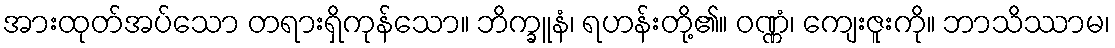
အားထုတ်အပ်သော တရားရှိကုန်သော။ ဘိက္ခူနံ၊ ရဟန်းတို့၏။ ဝဏ္ဏံ၊ ကျေးဇူးကို။ ဘာသိဿာမ၊